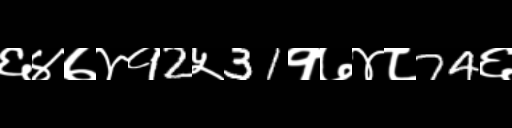
Text: ६४७४१2५31१७४८74६